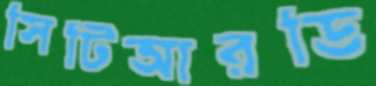
সিটিআরডি